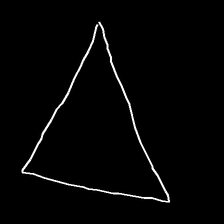
Glyph: convergence